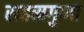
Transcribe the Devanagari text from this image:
सहस्रगुणा